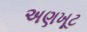
અણખૂટ